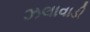
ઝલાવાડી